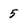
Character: 5